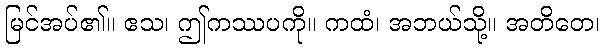
မြင်အပ်၏။ ဧသ၊ ဤကဿပကို။ ကထံ၊ အဘယ်သို့။ အတိတေ၊